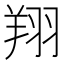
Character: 翔